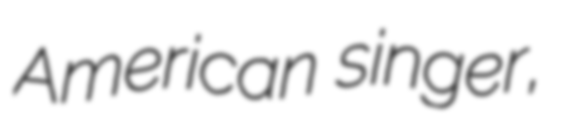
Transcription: American singer,